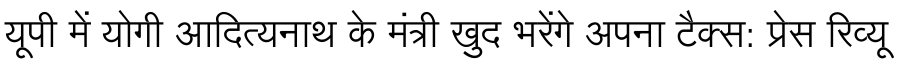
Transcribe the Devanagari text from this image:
यूपी में योगी आदित्यनाथ के मंत्री खुद भरेंगे अपना टैक्स: प्रेस रिव्यू